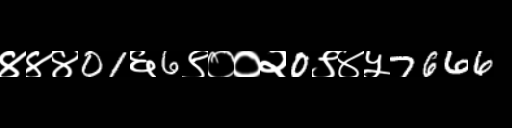
Text: ४४४01६6९००२0९४५7666